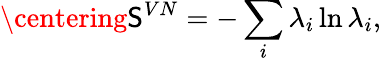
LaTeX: \centering\mathsf{S}^{VN}=-\sum_{i}\lambda_{i}\ln\lambda_{i},